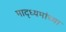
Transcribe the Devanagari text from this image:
माद्ध्यमांच्या